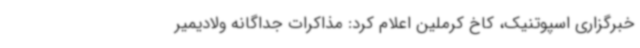
خبرگزاری اسپوتنیک، کاخ کرملین اعلام کرد: مذاکرات جداگانه ولادیمیر